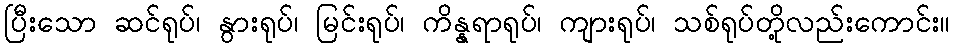
ပြီးသော ဆင်ရုပ်၊ နွားရုပ်၊ မြင်းရုပ်၊ ကိန္နရာရုပ်၊ ကျားရုပ်၊ သစ်ရုပ်တို့လည်းကောင်း။